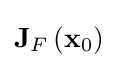
\mathbf {J} _{F}\left(\mathbf {x} _{0}\right)